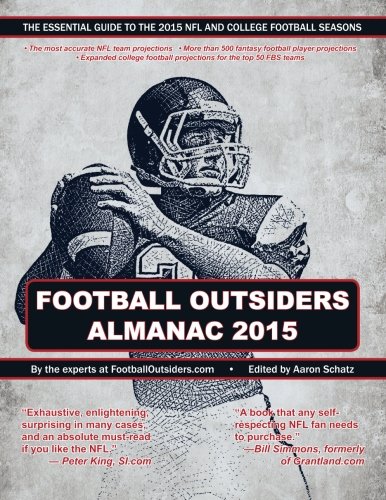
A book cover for Football Outsiders Almanac 2015: The Essential Guide to the 2015 NFL and College Football Seasons; Aaron Schatz; Sports & Outdoors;